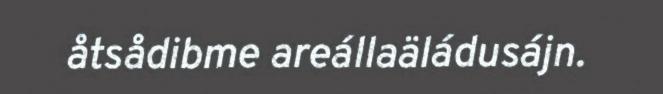
åtsådibme areállaäládusájn.